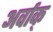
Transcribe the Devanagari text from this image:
अर्वाक्